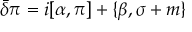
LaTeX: \bar { \delta } \pi = i [ \alpha , \pi ] + \{ \beta , \sigma + m \}